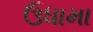
ઉધામા